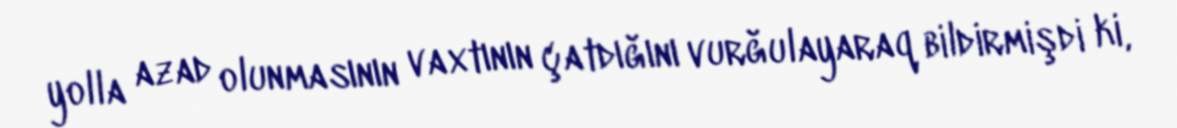
yolla azad olunmasının vaxtının çatdığını vurğulayaraq bildirmişdi ki,